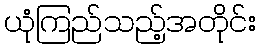
ယုံကြည်သည့်အတိုင်း